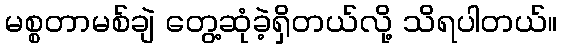
မစ္စတာမစ်ချဲ တွေ့ဆုံခဲ့ရှိတယ်လို့ သိရပါတယ်။